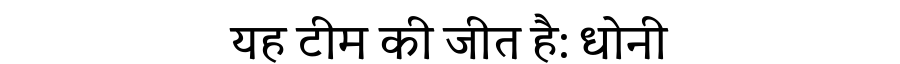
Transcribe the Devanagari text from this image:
यह टीम की जीत है: धोनी